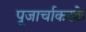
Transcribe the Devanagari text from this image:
पूजार्चाकरके